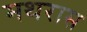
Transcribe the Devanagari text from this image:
मथरास